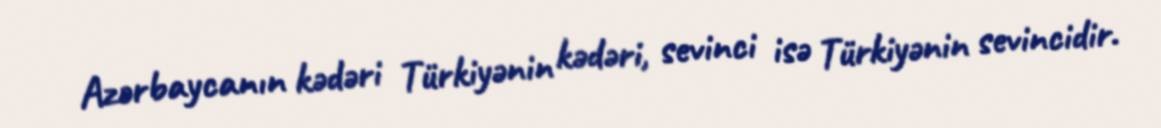
Azərbaycanın kədəri Türkiyənin kədəri, sevinci isə Türkiyənin sevincidir.